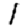
Digit: 1